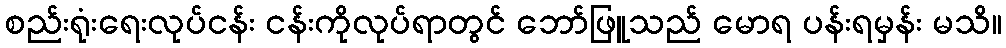
စည်းရုံးရေးလုပ်ငန်း ငန်းကိုလုပ်ရာတွင် ဘော်ဖြူသည် မောရ ပန်းရမှန်း မသိ။